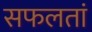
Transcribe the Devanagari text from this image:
सफलतां